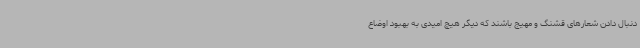
دنبال دادن شعارهای قشنگ و مهیج باشند که دیگر هیچ امیدی به بهبود اوضاع